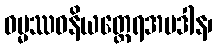
ဓမ္မဿဝနိယတ္ထေရအပဒါန၊